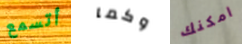
أتسمع وكما امكنك